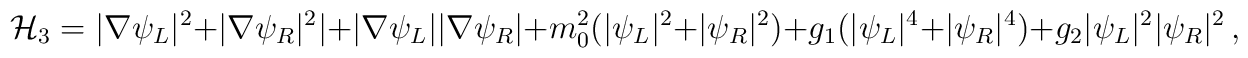
{\cal H}_3 = |\nabla \psi_L|^2 + |\nabla \psi_R|^2 |+ |\nabla\psi_L||\nabla \psi_R|+ m_0^2 ( |\psi_L|^2 + |\psi_R|^2) + g_1 (|\psi_L|^4 + |\psi_R|^4) + g_2 |\psi_L|^2|\psi_R|^2 \,,